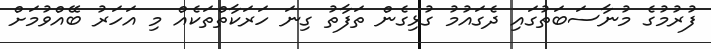
ފުރުމުގެ މުނާސަބަތުގައި ދެގައުމު ގުޅިގެން ތަފާތު ގިނަ ހަރަކާތްތަކެއް މި އަހަރު ބޭއްވުމަށް